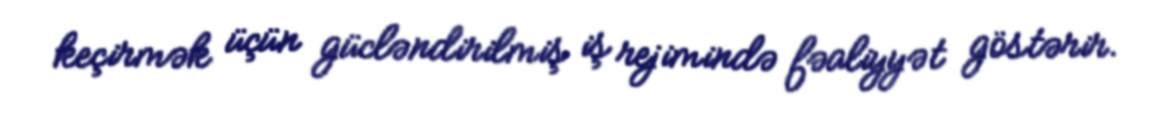
keçirmək üçün gücləndirilmiş iş rejimində fəaliyyət göstərir.